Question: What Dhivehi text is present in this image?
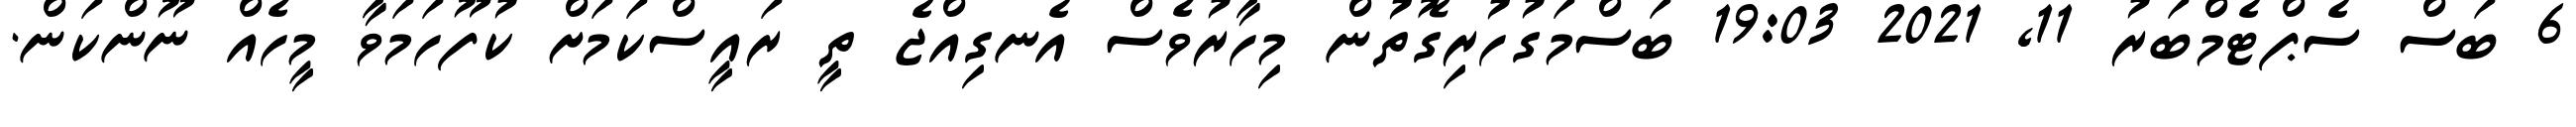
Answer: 6 ބަސް ސެޕްޓެމްބަރު 11, 2021 19:03 ބަސްމަގުހުރިގޮތުން މިހާރުވެސް އެނގިއްޖެ ތީ ރައީސްކަމަށް ކުފޫހަމަވާ މީހެއް ނޫންކަން.